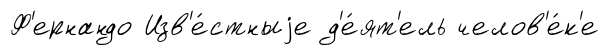
Ф'ернандо Изв'е́стныjе д'е́ят'ель челов'е́к'е